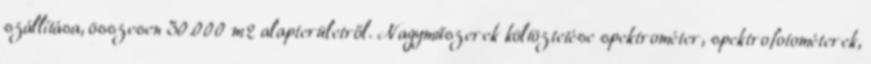
szállítása, összesen 30.000 m2 alapterületről. Nagyműszerek költöztetése spektrométer, spektrofotométerek,